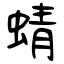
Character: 蜻